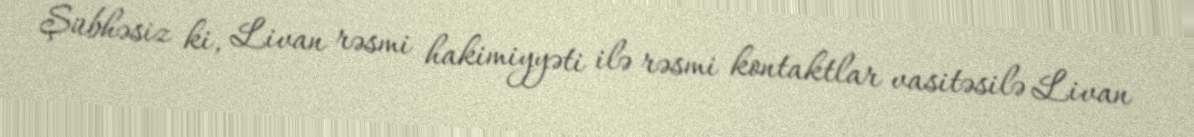
Şübhəsiz ki, Livan rəsmi hakimiyyəti ilə rəsmi kontaktlar vasitəsilə Livan